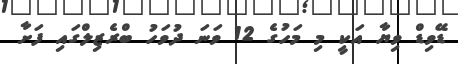
ޑޭވިޑް ވިޔާ އަކީ މި މަހުގެ 12 ވަނަ ދުވަހު ބްރެޒިލްގައި ފަށާ